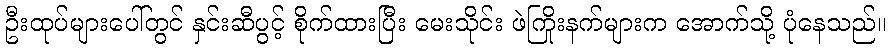
ဦးထုပ်များပေါ်တွင် နှင်းဆီပွင့် စိုက်ထားပြီး မေးသိုင်း ဖဲကြိုးနက်များက အောက်သို့ ပုံနေသည်။